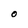
Character: O